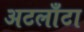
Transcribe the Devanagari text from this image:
अटलाँटा